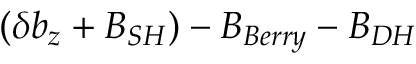
( \delta b _ { z } + B _ { S H } ) - B _ { B e r r y } - B _ { D H }